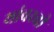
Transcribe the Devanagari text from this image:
यांवरची